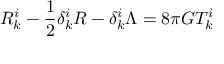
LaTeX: R _ { k } ^ { i } - \frac { 1 } { 2 } \delta _ { k } ^ { i } R - \delta _ { k } ^ { i } \Lambda = 8 \pi G T _ { k } ^ { i }